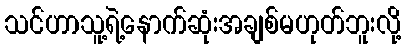
သင်ဟာသူ့ရဲ့နောက်ဆုံးအချစ်မဟုတ်ဘူးလို့